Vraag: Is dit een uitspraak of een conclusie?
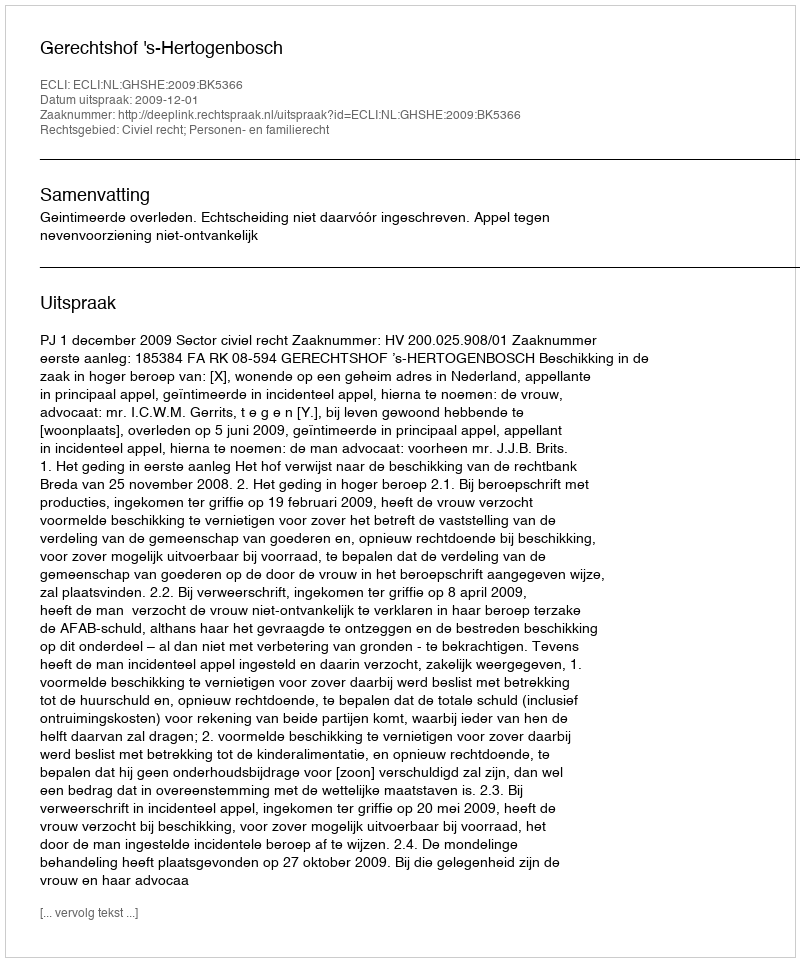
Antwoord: Uitspraak